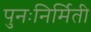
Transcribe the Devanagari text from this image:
पुनःनिर्मिती